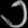
Digit: ၁